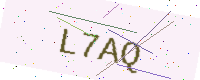
Text: L7AQ